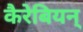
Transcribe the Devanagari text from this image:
कैरेबियन्